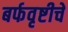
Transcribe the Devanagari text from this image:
बर्फवृष्टीचे